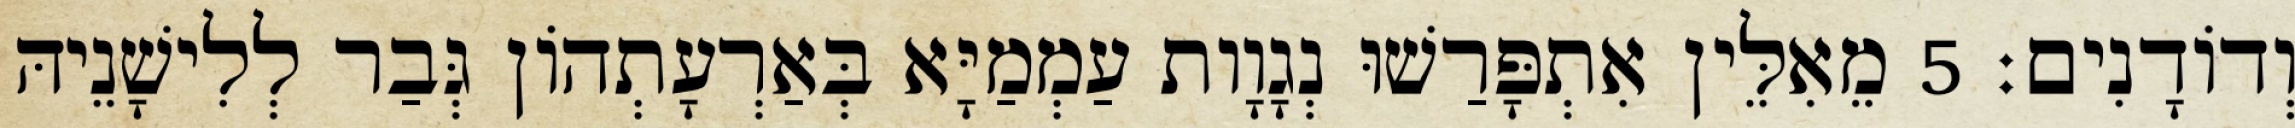
וְדוֹדָנִים׃ 5 מֵאִלֵּין אִתְפָּרַשׁוּ נְגָוָות עַמְמַיָּא בְּאַרְעָתְהוֹן גְּבַר לְלִישָׁנֵיהּ